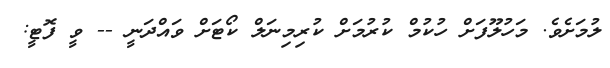
ލުމަށެވެ. މަހުލޫފަށް ހުކުމް ކުރުމަށް ކުރިމިނަލް ކޯޓަށް ވައްދަނީ -- ވީ ފޮޓީ: